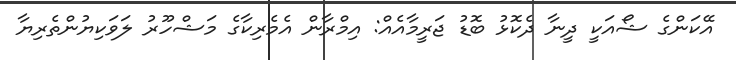
އޭކަންގެ ޝޯއަކީ ދީނާ ދެކޮޅު ބޮޑު ޖަރީމާއެއް: އިމްރާން އެމެރިކާގެ މަޝްހޫރު ލަވަކިޔުންތެރިޔާ